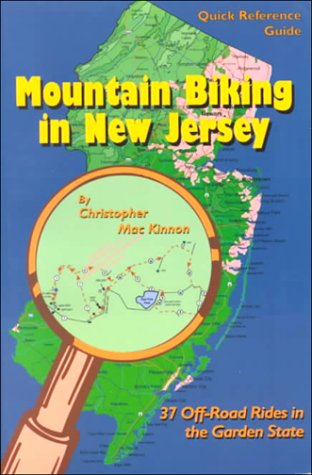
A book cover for Mountain Biking in New Jersey: 37 Off-Road Rides in the Garden State (Quick reference guide); Christopher Mackinnon; Travel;